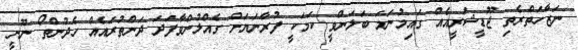
ނަޒާހަތްރެތި ޖޫޑީޝަރީއެއް ގައިމުނަމަ ބަލަންވީ ކަމަކީ ފުރާނަޔަށް ގެއްލުންވާފަދަ ދަންތުރައެއް ހެދުންތޯ ނޫނީ